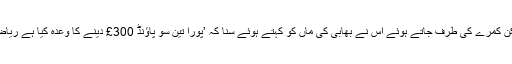
نگہت کی سمجھ میں کچھ نہیں آ رہا تھا، لیکن کمرے کی طرف جاتے ہوئے اس نے بھابی کی ماں کو کہتے ہوئے سنا کہ ’پورا تین سو پاؤنڈ 300£ دینے کا وعدہ کیا ہے ریاض نے اور سو تو پیشگی بھی دے دیئے ہیں۔